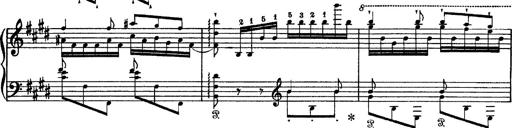
Title: Tarantelle di bravura dâ€™aprÃ¨s la tarantelle de La muette de Portici
Composer: Franz Liszt